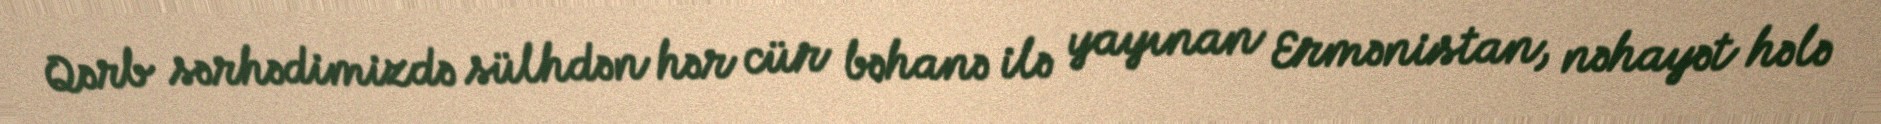
Qərb sərhədimizdə sülhdən hər cür bəhanə ilə yayınan Ermənistan, nəhayət hələ